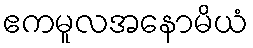
ဧကမူလအနောမိယံ